Preliminary report on a parasite found in persons suffering from enlargement of the spleen in India - Number 8
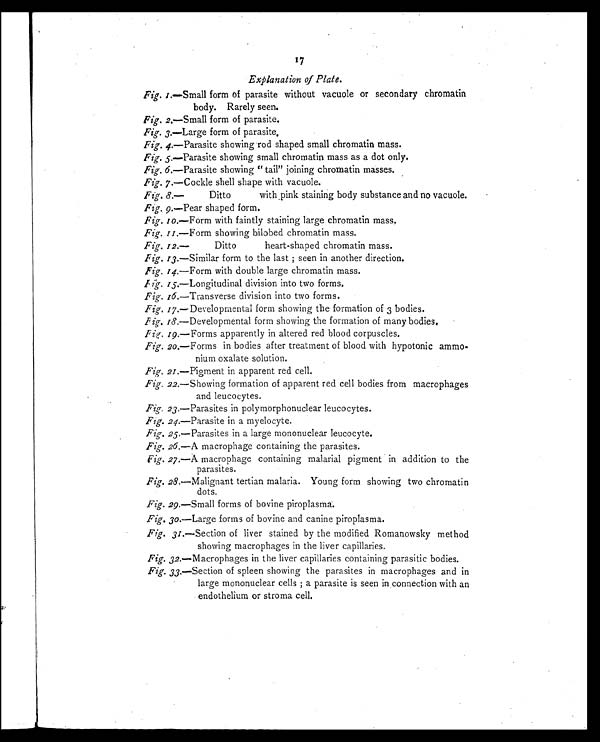
17
Explanation of Plate.
Fig.1.—Small form of parasite without vacuole or secondary chromatin
body. Rarely seen.
Fig. 2.—Small form of parasite.
Fig. 3 . — L a r g e f o r m o f p a r a s i t e .
Fig. 4.—Parasite showing rod shaped small chromatin mass.
Fig. 5.—Parasite showing small chromatin mass as a dot only.
Fig. 6.—Parasite showing " tail" joining chromatin masses.
Fig. 7.—Cockle shell shape with vacuole.
•
Fig. 8.—
Ditto
with,pink staining body substance and no vacuole.
Fig . 9.—Pear shaped form.
Fig. 10.—Form with faintly staining large chromatin mass.
Fig. 11.—Form showing bilobed chromatin mass.
Fig.12—
Ditto
heart-shaped chromatin mass.
Fig. 13.—Similar form to the last; seen in another direction.
Fig. 1 4.—Form with double large chromatin mass.
Fig.15.—Longitudinal division into two forms.
Fig. 16 .—Transverse division into two forms.
Fig. 17.—Developmental form showing the formation of 3 bodies.
F ig. 18.—Developmental form showing the formation of many bodies.
Fig. 19 .—Forms apparently in altered red blood corpuscles.
Fig. 20.—Forms in bodies after treatment of blood with hypotonic ammo-
nium oxalate solution.
Fig. 21.—Pigment in apparent red cell.
Fig. 22.—Showing formation of apparent red cell bodies from macrophages
and leucocytes.
Fig. 23.—Parasites in polymorphonuclear leucocytes.
Fig. 24.—Parasite in a myelocyte.
Fig. 25.—Parasites in a large mononuclear leucocyte.
Fig. 26.—A macrophage containing the parasites.
Fig. 27.—A macrophage containing malarial pigment in addition to the
parasites.
Fig. 28.—Malignant tertian malaria. Young form showing two chromatin
dots.
Fig. 29.—Small forms of bovine piroplasma.
Fig. 30.—Large forms of bovine and canine piroplasma.
Fig. 31.—Section of liver stained by the modified Romanowsky method
showing macrophages in the liver capillaries.
Fig. 32.—Macrophages in the liver capillaries containing parasitic bodies.
Fig. 33.—Section of spleen showing the parasites in macrophages and in
large mononuclear cells; a parasite is seen in connection with an
endothelium or stroma cell.